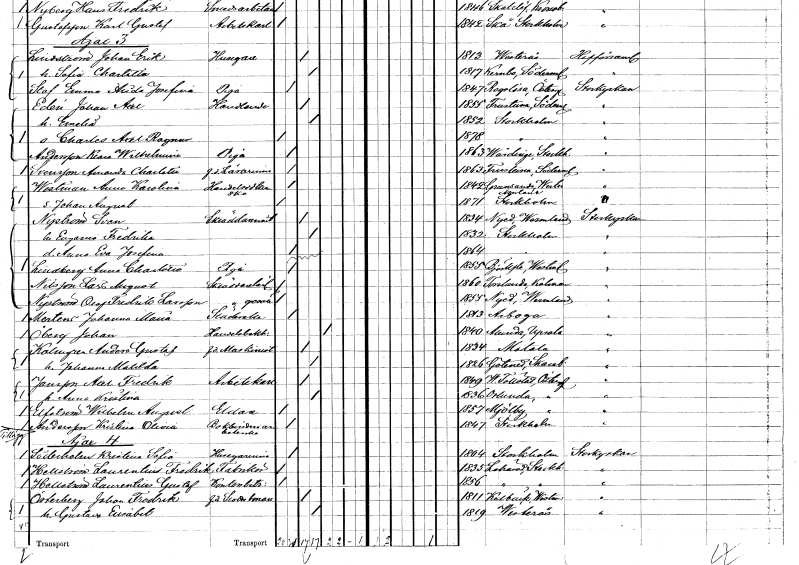
gt_parse: households: individuals: FN: Amanda Charlotta
EN: Svensson
YRKE: Lärarinna f.d.
KON: K
CIV: O
FODAR: 1863
FODFORS: Frustuna Södermanlands län
FN: Anna Karolina
EN: Westman
YRKE: Handelsidkerska
KON: K
CIV: O
FODAR: 1842
FODFORS: Grundsunda Västernorrlands län
FN: Johan August
KON: M
CIV: O
FODAR: 1871
FODFORS: Stockholm
FN: Sven
EN: Nyström
YRKE: Skräddarmästare
KON: M
CIV: G
FODAR: 1834
FODFORS: Nyed Värmlands län
FN: Eugenia Fredrika
KON: K
CIV: G
FODAR: 1832
FODFORS: Stockholm
FN: Anna Eva Josefina
KON: K
CIV: O
FODAR: 1864
FODFORS: Stockholm
FN: Anna Charlotta
EN: Lindberg
YRKE: Piga
KON: K
CIV: O
FODAR: 1855
FODFORS: Björksta Västmanlands län
FN: Lars August
EN: Nilsson
YRKE: Skräddarelärling
KON: M
CIV: O
FODAR: 1860
FODFORS: Torslunda Kalmar län
FN: Olof Fredrik
EN: Nyström Larsson
YRKE: Skräddaregesäll
KON: M
CIV: O
FODAR: 1855
FODFORS: Nyed Värmlands län
FN: Johanna Maria
EN: Merten
YRKE: Städerska
KON: K
CIV: O
FODAR: 1813
FODFORS: Arboga Västmanlands län
FN: Johan
EN: Öberg
YRKE: Handelsbokhållare
KON: M
CIV: E
FODAR: 1840
FODFORS: Alunda Uppsala län
FN: Anders Gustaf
EN: Kalmgren
YRKE: Maskinist f.d.
KON: M
CIV: G
FODAR: 1834
FODFORS: Motala Östergötlands län
FN: Johanna Matilda
KON: K
CIV: G
FODAR: 1826
FODFORS: Götene Skaraborgs län
FN: Axel Fredrik
EN: Jansson
YRKE: Arbetskarl
KON: M
CIV: G
FODAR: 1849
FODFORS: Västra Tollstad Östergötlands län
FN: Anna Kristina
KON: K
CIV: G
FODAR: 1836
FODFORS: Orlunda Östergötlands län
FN: Wilhelm August
EN: Elfström
YRKE: Eldare
KON: M
CIV: O
FODAR: 1857
FODFORS: Mjölby Östergötlands län
FN: Kristina Olivia
EN: Andersson
YRKE: Bokbinderiarbeterska
KON: K
CIV: O
FODAR: 1847
FODFORS: Stockholm
FN: Kristina Sofia
EN: Söderholm
YRKE: Husägarinna
KON: K
CIV: O
FODAR: 1804
FODFORS: Stockholm
FN: Laurentius Fredrik
EN: Hellström
YRKE: Fabrikör
KON: M
CIV: O
FODAR: 1835
FODFORS: Lohärad Stockholms län
FN: Laurentius Gustaf
EN: Hellström
YRKE: Kontorsbiträde
KON: M
CIV: O
FODAR: 1856
FODFORS: Lohärad Stockholms län
FN: Johan Fredrik
EN: Österberg
YRKE: Slottsman f.d.
KON: M
CIV: G
FODAR: 1811
FODFORS: Kolbäck Västmanlands län
FN: Gustava Elisabet
KON: K
CIV: G
FODAR: 1819
FODFORS: Västerås Västmanlands län